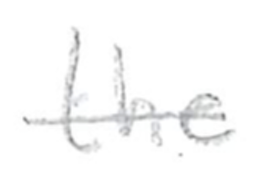
Text: the
Cross-out: single-line
Writing tool: pencil